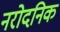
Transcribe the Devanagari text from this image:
नरोदनिक